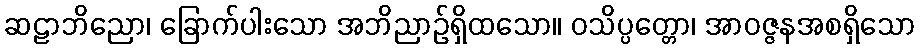
ဆဠာဘိညော၊ ခြောက်ပါးသော အဘိညာဉ်ရှိထသော။ ဝသိပ္ပတ္တော၊ အာဝဇ္ဇနအစရှိသော